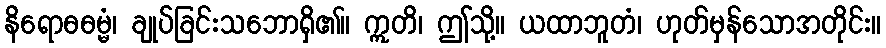
နိရောဓဓမ္မံ၊ ချုပ်ခြင်းသဘောရှိ၏။ ဣတိ၊ ဤသို့။ ယထာဘူတံ၊ ဟုတ်မှန်သောအတိုင်း။